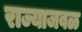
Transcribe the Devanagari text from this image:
राज्याजवळ